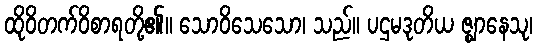
ထိုဝိတက်ဝိစာရတို့၏။ သောဝိသေသော၊ သည်။ ပဌမဒုတိယ ဇ္ဈာနေသု၊